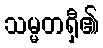
သမ္မတရှီ၏